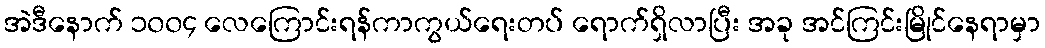
အဲဒီနောက် ၁၀၀၄ လေကြောင်းရန်ကာကွယ်ရေးတပ် ရောက်ရှိလာပြီး အခု အင်ကြင်းမြိုင်နေရာမှာ